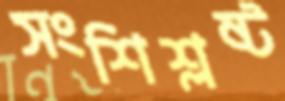
সংশিশ্লষ্ট